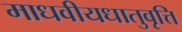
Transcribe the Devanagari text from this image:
माधवीयधातुवृत्ति